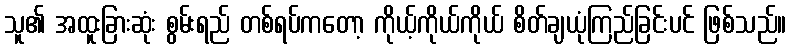
သူ၏ အထူးခြားဆုံး စွမ်းရည် တစ်ရပ်ကတော့ ကိုယ့်ကိုယ်ကိုယ် စိတ်ချယုံကြည်ခြင်းပင် ဖြစ်သည်။